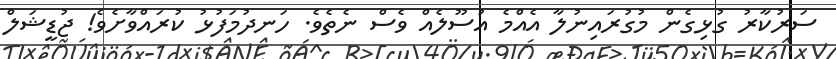
ސަރުކާރު ގުޅިގެން މުގުރައިނުލާ އެއްމެ އުސޫލެއް ވެސް ނެތެވެ. ހަނދުމަފުޅު ކުރައްވާށެވެ! ޖުޑީޝަލް